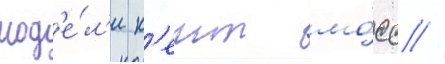
мод'е́л'и к'еит мо́сс //